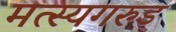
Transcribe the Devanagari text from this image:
मत्स्यगरुड